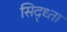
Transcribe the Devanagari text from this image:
सिद्ध्ता